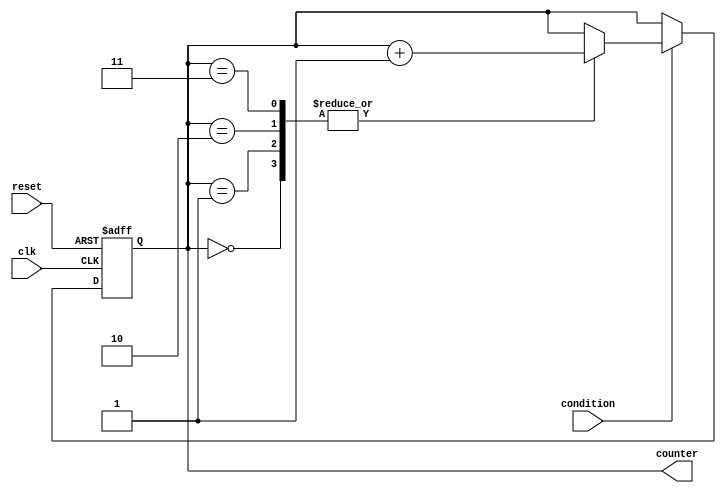
module loop_with_skip (
    input clk,
    input reset,
    input condition,
    output reg [3:0] counter
);

always @(posedge clk or posedge reset) begin
    if (reset) begin
        counter <= 4'b0000;
    end else if (condition) begin
        case(counter)
            4'b0000: begin
                // Skip this iteration
                counter <= counter + 1;
            end
            4'b0001: begin
                // Execute this iteration
                // Insert code for iteration here
                counter <= counter + 1;
            end
            4'b0010: begin
                // Skip this iteration
                counter <= counter + 1;
            end
            4'b0011: begin
                // Execute this iteration
                // Insert code for iteration here
                counter <= counter + 1;
            end
            // Add conditional skipping as needed
        endcase
    end else begin
        counter <= counter;
    end
end

endmodule